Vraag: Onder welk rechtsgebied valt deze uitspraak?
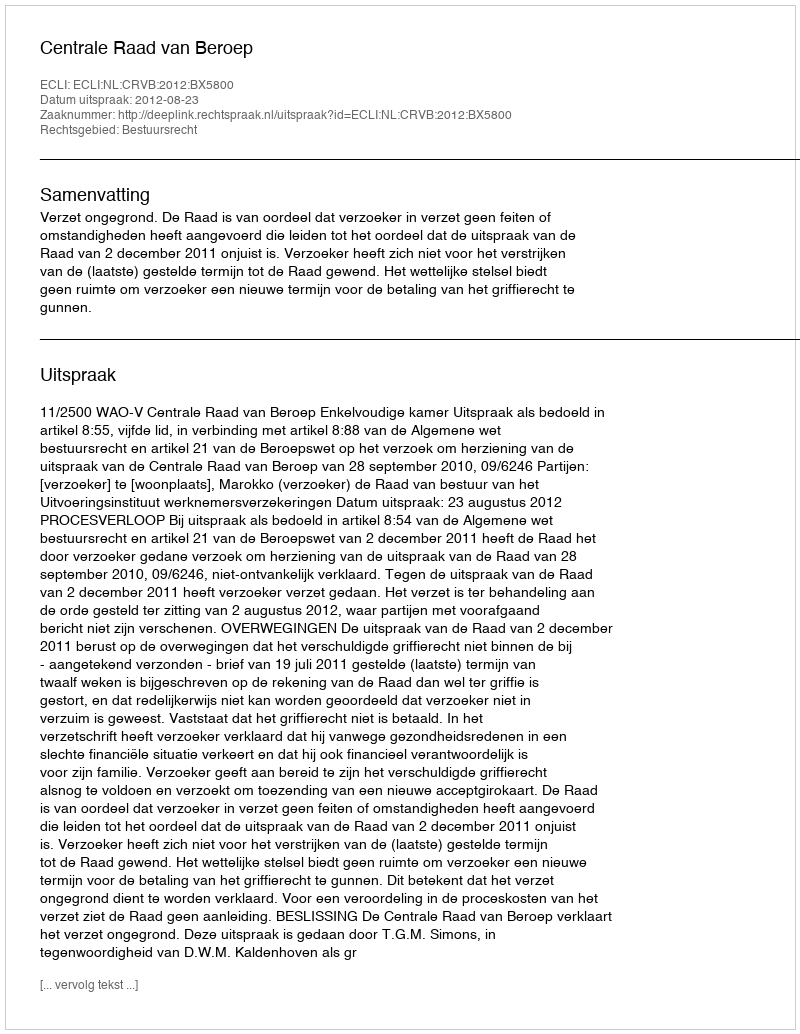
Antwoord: Bestuursrecht